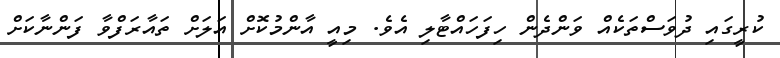
ކުރީގައި ދުވަސްތަކެއް ވަންދެން ހިފަހައްޓާލި އެވެ. މިއީ އާންމުކޮށް އަލަށް ތައާރަފްވާ ފަންނާކަށް